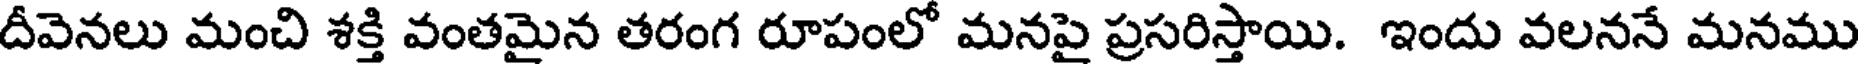
దీవెనలు మంచి శక్తి వంతమైన తరంగ రూపంలో మనపై ప్రసరిస్తాయి. ఇందు వలననే మనము